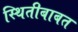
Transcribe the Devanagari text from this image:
स्थितीबाबत